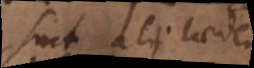
sunt alii laedendi